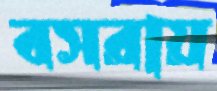
বসরায়